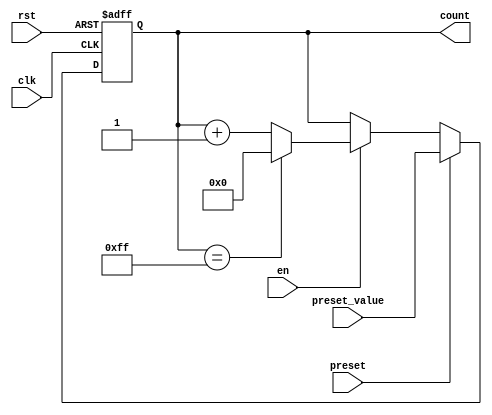
module presettable_counter (
    input wire clk,                // Clock signal
    input wire rst,                // Asynchronous reset
    input wire preset,             // Preset control signal
    input wire [7:0] preset_value, // Value to preset the counter
    input wire en,                 // Enable signal
    output reg [7:0] count         // Current counter value
);

    // Always block for handling the counter logic
    always @(posedge clk or posedge rst) begin
        if (rst) begin
            // Reset condition
            count <= 8'b0; // Initialize count to zero
        end else if (preset) begin
            // Preset condition
            count <= preset_value; // Load the preset value into the counter
        end else if (en) begin
            // Increment the counter if enabled
            if (count == 8'hFF) begin
                count <= 8'b0; // Wrap around if maximum count is reached
            end else begin
                count <= count + 1; // Increment the counter
            end
        end
        // If not reset, preset or enabled, count holds its value
    end

endmodule